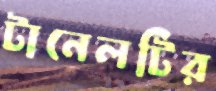
টানেলটির